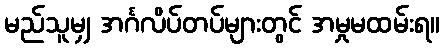
မည်သူမျှ အင်္ဂလိပ်တပ်များတွင် အမှုမထမ်းရ။